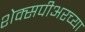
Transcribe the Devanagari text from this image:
शेक्सपीअरच्या